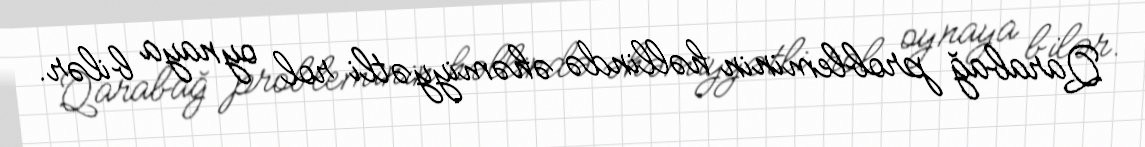
Qarabağ probleminin həllində əhəmiyyətli rol oynaya bilər.